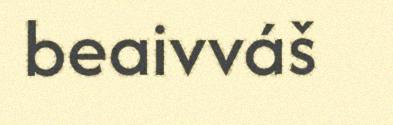
beaivváš